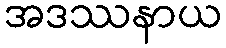
အဒဿနာယ